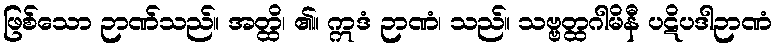
ဖြစ်သော ဉာဏ်သည်။ အတ္ထိ၊ ၏။ ဣဒံ ဉာဏံ၊ သည်။ သဗ္ဗတ္ထဂါမိနီ ပဋိပဒါဉာဏံ